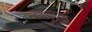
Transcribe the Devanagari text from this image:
स्थळखूण